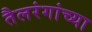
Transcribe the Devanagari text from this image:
तैलरंगांच्या